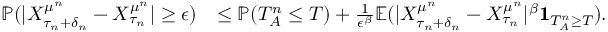
\begin{array} { r l } { \mathbb { P } ( | X _ { \tau _ { n } + \delta _ { n } } ^ { \mu ^ { n } } - X _ { \tau _ { n } } ^ { \mu ^ { n } } | \geq \epsilon ) } & { \leq \mathbb { P } ( T _ { A } ^ { n } \leq T ) + \frac { 1 } { \epsilon ^ { \beta } } \mathbb { E } ( | X _ { \tau _ { n } + \delta _ { n } } ^ { \mu ^ { n } } - X _ { \tau _ { n } } ^ { \mu ^ { n } } | ^ { \beta } \mathbf { 1 } _ { T _ { A } ^ { n } \geq T } ) . } \end{array}